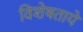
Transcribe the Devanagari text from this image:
विशेषताये